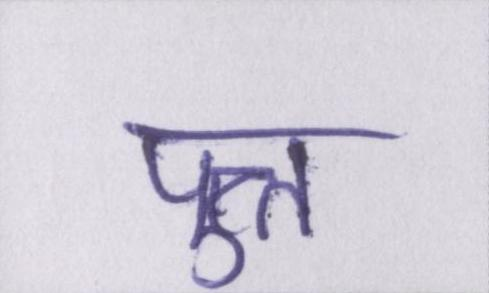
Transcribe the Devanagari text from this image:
पुत्त